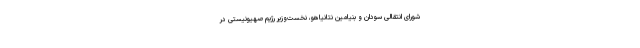
شورای انتقالی سودان و بنیامین نتانیاهو، نخست‌وزیر رژیم صهیونیستی در